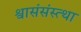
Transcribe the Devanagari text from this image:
श्वासंसंस्त्था